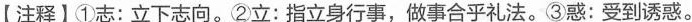
【上注释】①志:②立下志向立指身行事-做事会平礼法③减:受到诱或。